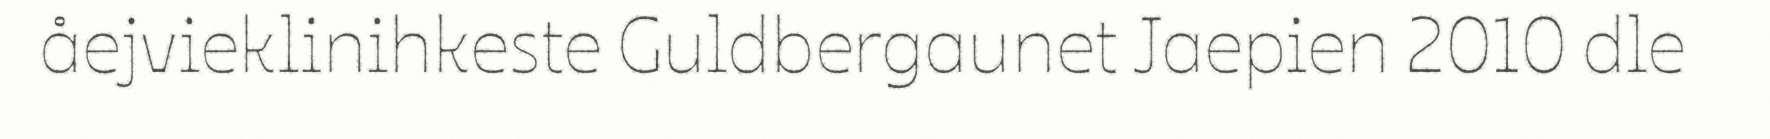
åejvieklinihkeste Guldbergaunet Jaepien 2010 dle